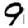
Digit: 9